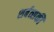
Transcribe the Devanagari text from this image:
शर्बत्सकी